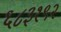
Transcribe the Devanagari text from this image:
६८३१९२